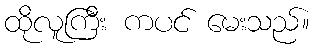
ထိုလူကြီး ကပင် မေးသည်။